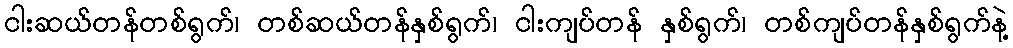
ငါးဆယ်တန်တစ်ရွက်၊ တစ်ဆယ်တန်နှစ်ရွက်၊ ငါးကျပ်တန် နှစ်ရွက်၊ တစ်ကျပ်တန်နှစ်ရွက်နဲ့